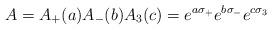
LaTeX: \begin{align*}A=A_+(a)A_-(b)A_3(c)=e^{a \sigma_+}e^{b \sigma_-}e^{c \sigma_3}\end{align*}